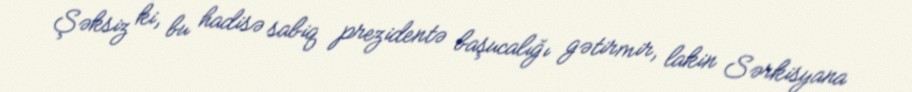
Şəksiz ki, bu hadisə sabiq prezidentə başucalığı gətirmir, lakin Sərkisyana